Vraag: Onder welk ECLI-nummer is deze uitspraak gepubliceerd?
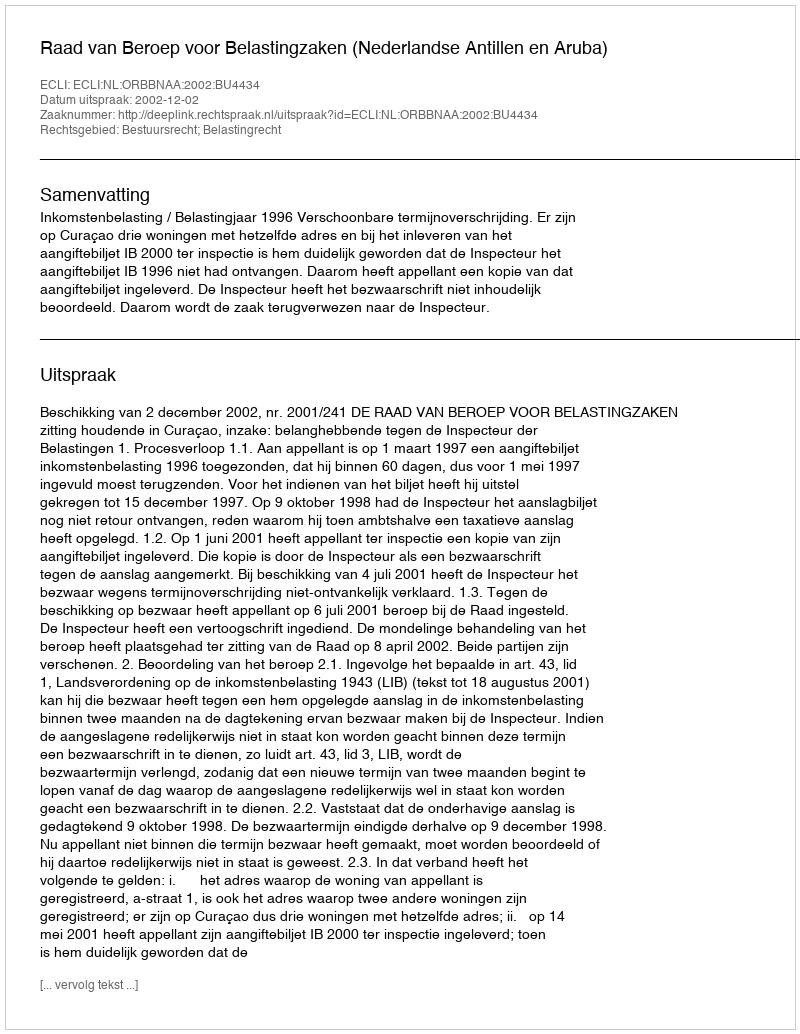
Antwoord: ECLI:NL:ORBBNAA:2002:BU4434